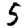
Digit: 5